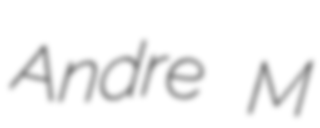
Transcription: Andre M